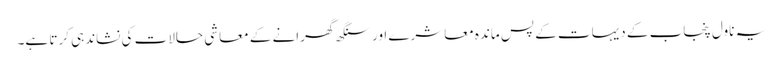
یہ ناول پنجاب کے دیہات کے پس ماندہ معاشرے اور سنگھ گھرانے کے معاشی حالات کی نشاندہی کرتا ہے۔